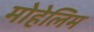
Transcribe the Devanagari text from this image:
मोहेलिम